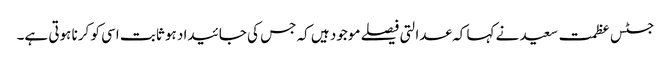
جسٹس عظمت سعید نے کہا کہ عدالتی فیصلے موجود ہیں کہ جس کی جائیداد ہو ثابت اسی کو کرنا ہوتی ہے۔